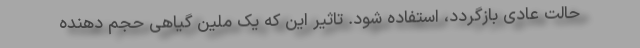
حالت عادی بازگردد، استفاده شود. تاثیر این که يک ملين گياهی حجم دهنده